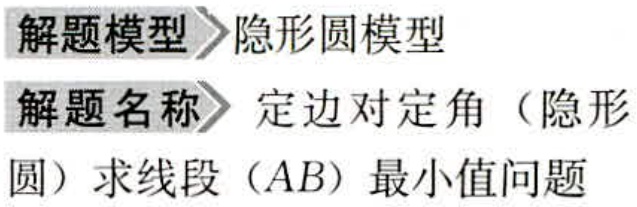
解题模型>隐形圆模型

解题名称>定边对定角（隐形

圆）求线段（AB）最小值问题